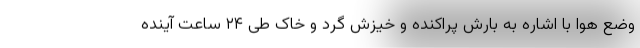
وضع هوا با اشاره به بارش پراکنده و خیزش گرد و خاک طی ۲۴ ساعت آینده